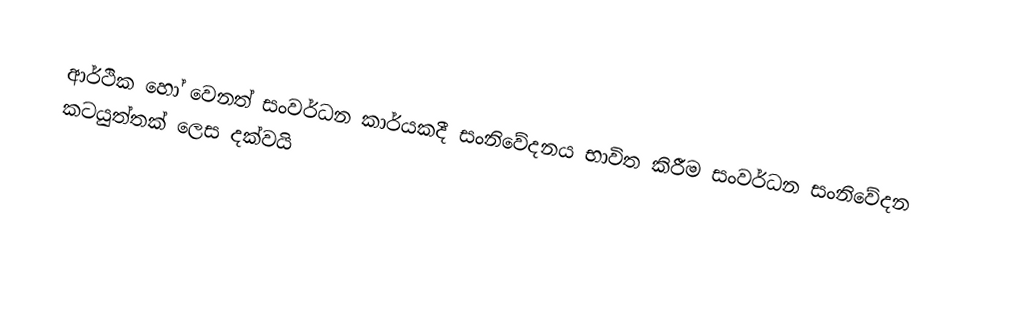
ආර්ථික හෝ වෙනත් සංවර්ධන කාර්යකදී සංනිවේදනය භාවිත කිරීම සංවර්ධන සංනිවේදන කටයුත්තක් ලෙස දක්වයි